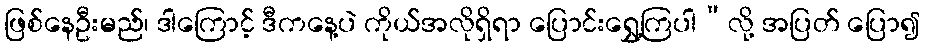
ဖြစ်နေဦးမည်၊ ဒါကြောင့် ဒီကနေ့ပဲ ကိုယ်အလိုရှိရာ ပြောင်းရွှေ့ကြပါ”လို့ အပြတ် ပြော၍